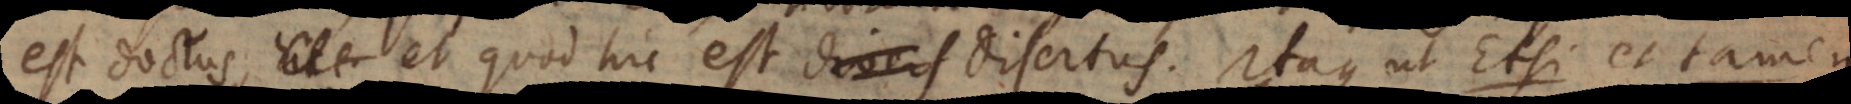
est doctus, et quod hic est disertus. Itaque ut Etsi et tamen